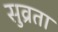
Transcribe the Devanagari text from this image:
सुव्रता